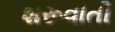
શરૂવાતી